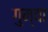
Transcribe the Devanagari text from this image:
गुम्वा